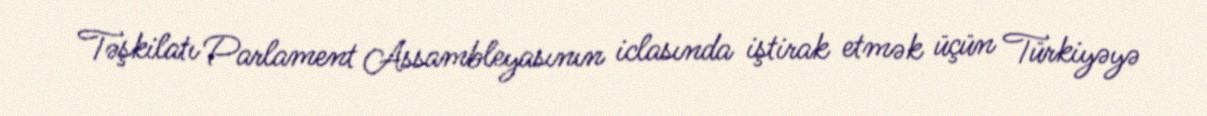
Təşkilatı Parlament Assambleyasının iclasında iştirak etmək üçün Türkiyəyə